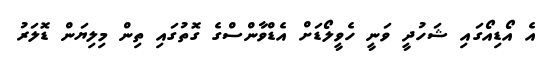
އެ އޯޑިއޯގައި ޝަހުދީ ވަނީ ހެވީލޯޑަށް އެޑްވާންސްގެ ގޮތުގައި ތިން މިލިޔަން ޑޮލަރު